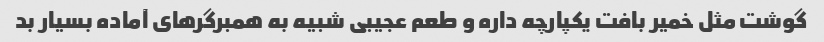
گوشت مثل خمیر بافت یکپارچه داره و طعم عجیبی شبیه به همبرگرهای آماده بسیار بد